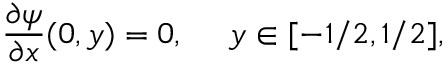
\frac { \partial \psi } { \partial x } ( 0 , y ) = 0 , ~ ~ ~ ~ y \in [ - 1 / 2 , 1 / 2 ] ,